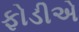
ફોડીએ